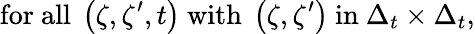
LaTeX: \mathrm{for\ all\ }\left(\zeta,\zeta^{\prime},t\right)\mathrm{\ with\ }\left(\zeta,\zeta^{\prime}\right)\mathrm{\ in\ }\Delta_{t}\times\Delta_{t},